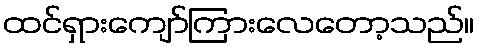
ထင်ရှားကျော်ကြားလေတော့သည်။